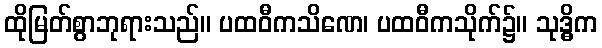
ထိုမြတ်စွာဘုရားသည်။ ပထဝီကသိဏေ၊ ပထဝီကသိုက်၌။ သုဒ္ဓိက